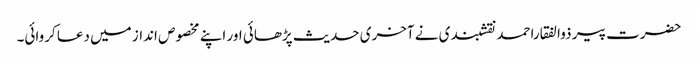
حضرت پیر ذوالفقاراحمد نقشبندی نے آخری حدیث پڑھائی اور اپنے مخصوص انداز میں دعا کروائی۔